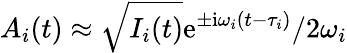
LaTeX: A_{i}(t)\approx\sqrt{I_{i}(t)}\mathrm e^{\pm\mathrm i\omega_{i}(t-\tau_{i})}/2\omega_{i}